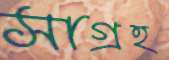
সাগ্রহ